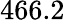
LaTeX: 466.2